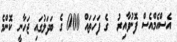
އެސްއެމްއެސް ފޮނުވާއިރު  ގެ ފަހަތައް 000 ގެ ބަދަލުގައި ޖަހާނީ ކޮންމެ